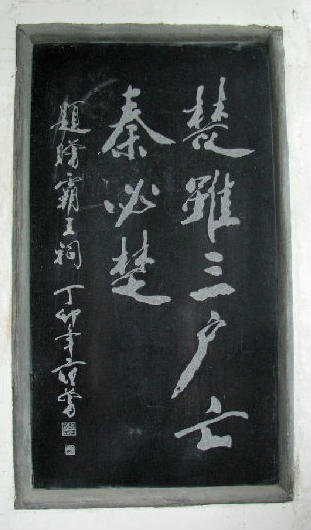
呜呼！楚虽三户能亡秦，岂有堂堂中国空无人！